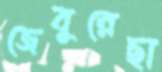
জেবুন্নেছা